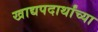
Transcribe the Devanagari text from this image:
खाद्यपदार्थांच्या